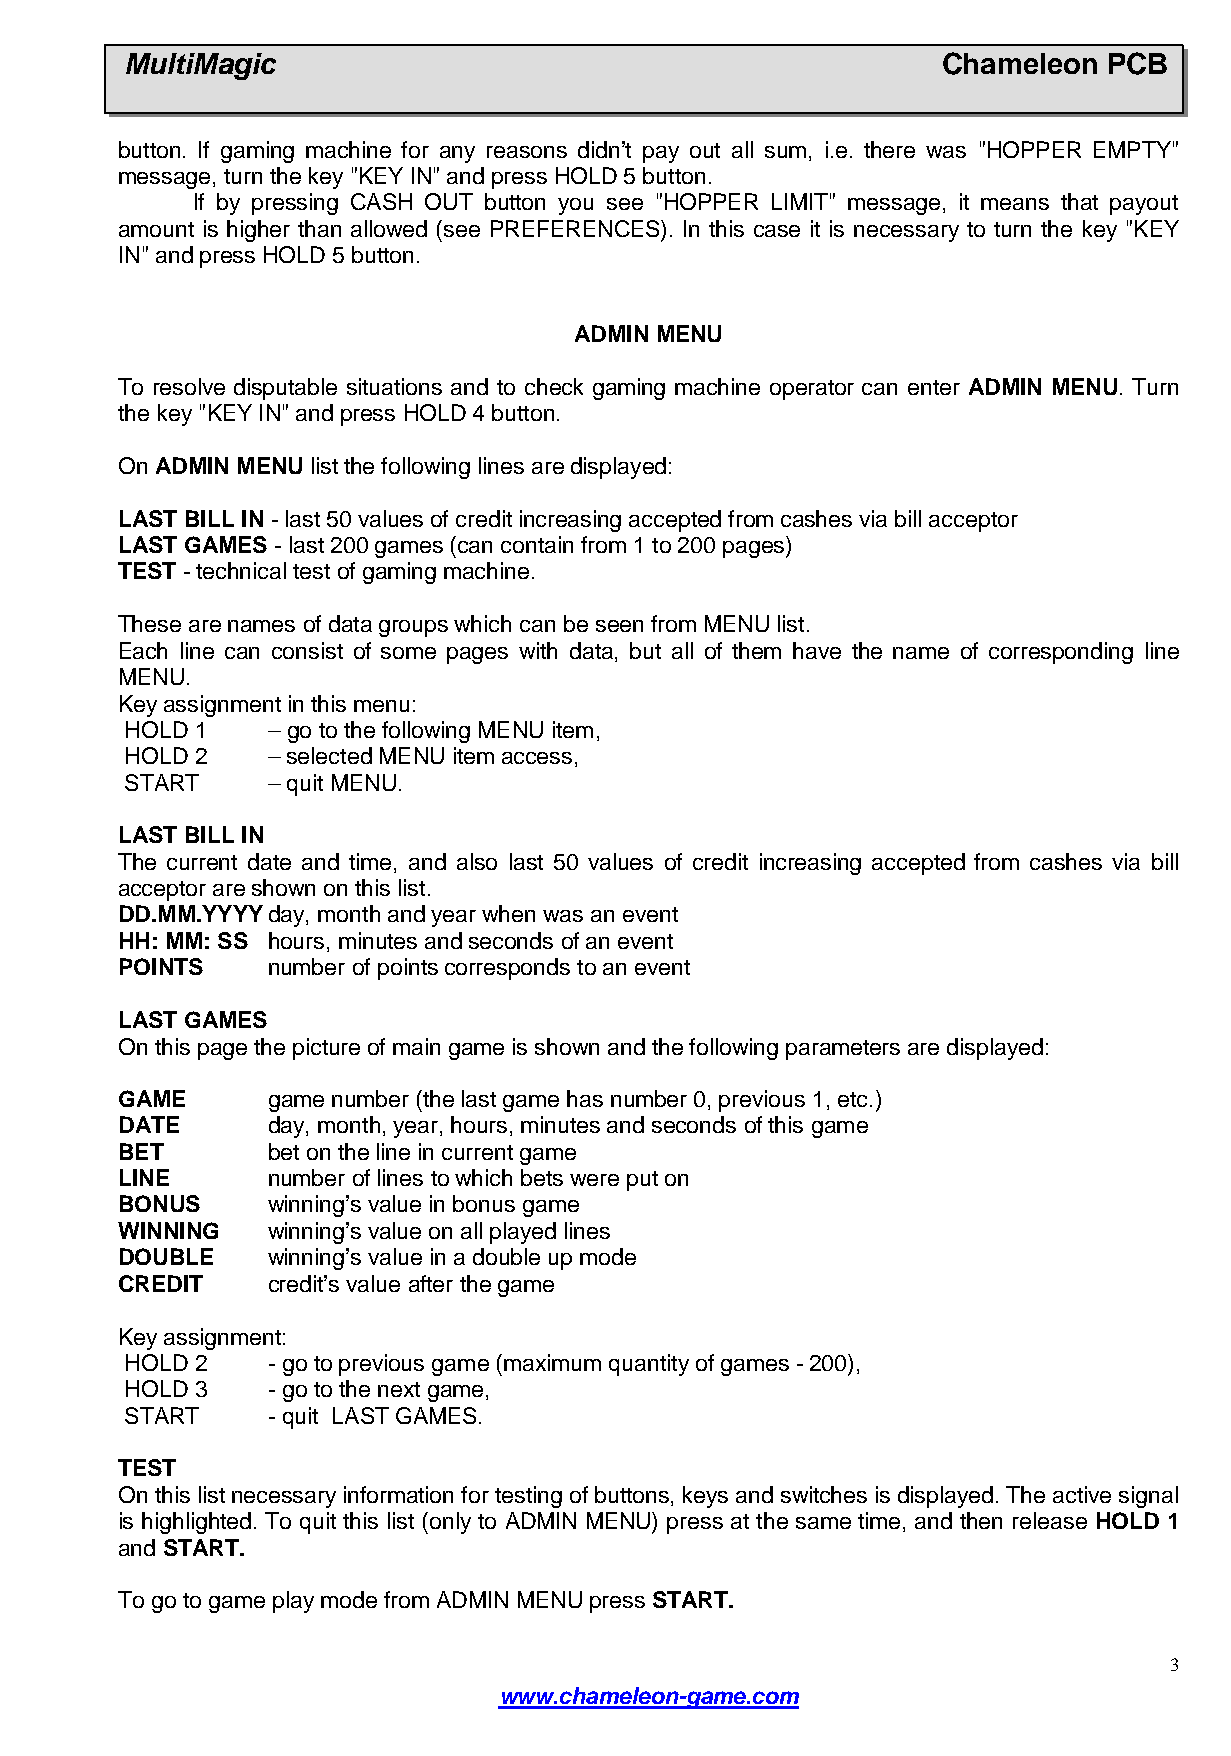
MultiMagic                                            Chameleon  PCB
 button. If gaming machine for any reasons didn't pay out all sum, i.e. there was "HOPPER EMPTY"
 message, turn the key "KEY IN" and press HOLD 5 button.
 If by pressing CASH OUT button you see "HOPPER LIMIT" message, it means that payout
 amount is higher than allowed (see PREFERENCES). In this case it is necessary to turn the key "KEY
 IN" and press HOLD 5 button.
 ADMIN MENU
 To resolve disputable situations and to check gaming machine operator can enter ADMIN MENU. Turn
 the key "KEY IN" and press HOLD 4 button.
 On ADMIN MENU list the following lines are displayed:
 LAST BILL IN- last 50 values of credit increasing accepted from cashes via bill acceptor
 LAST GAMES - last 200 games (can contain from 1 to 200 pages)
 TEST- technical test of gaming machine.
 These are names of data groups which can be seen from MENU list.
 Each line can consist of some pages with data, but all of them have the name of corresponding line
 MENU.
 Key assignment in this menu:
 HOLD 1    –go to the following MENU item,
 HOLD 2    – selected MENU item access,
 START     – quit MENU.
 LAST BILL IN
 The current date and time, and also last 50 values of credit increasing accepted from cashes via bill
 acceptor are shown on this list.
 DD.MM.YYYYday, month and year when was an event
 HH: MM: SS hours, minutes and seconds of an event
 POINTS    number of points corresponds to an event
 LAST GAMES
 On this page the picture of main game is shown and the following parameters are displayed:
 GAME      game number (the last game has number 0, previous 1, etc.)
 DATE      day, month, year, hours, minutes and seconds of this game
 BET       bet on the line in current game
 LINE      number of lines to which bets were put on
 BONUS     winning’s value in bonus game
 WINNING   winning’s value on all played lines
 DOUBLE    winning’s value in a double up mode
 CREDIT    credit’s value after the game
 Key assignment:
 HOLD 2    - go to previous game (maximum quantity of games- 200),
 HOLD 3    - go to the next game,
 START     - quit LAST GAMES.
 TEST
 On this list necessary information for testing of buttons, keys and switches is displayed. The active signal
 is highlighted. To quit this list (only to ADMIN MENU) press at the same time, and then release HOLD 1
 and START.
 To go to game play mode from ADMIN MENU press START.
 3
 www.chameleon-game.com